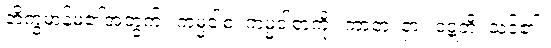
ဘိက္ခမာန်မ၏အတွက်။ ကမ္မဝါစံ၊ ကမ္မဝါစာကို။ ကာတုံ၊ ငှာ။ ဝဋ္ဋတိ၊ သင့်၏။